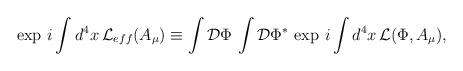
LaTeX: \begin{align*}\exp \,i\int d^4x\,{\cal L}_{eff}(A_{\mu})\equiv\int{\cal D}\Phi\, \int{\cal D}\Phi^*\,\exp \,i\int d^4x\,{\cal L}(\Phi, A_{\mu}),\end{align*}